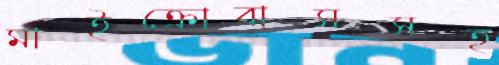
মাইক্রোবাসসহ